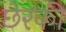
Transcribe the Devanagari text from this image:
छेरकी